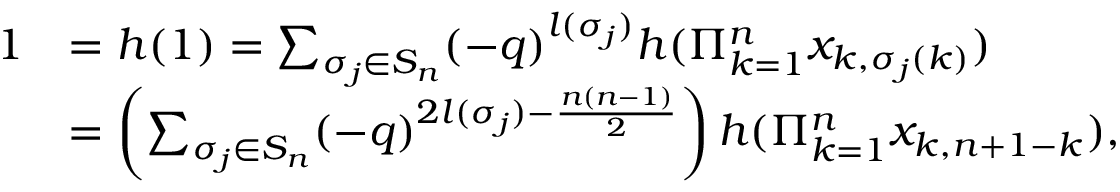
\begin{array} { r l } { 1 } & { = h ( 1 ) = \sum _ { \sigma _ { j } \in S _ { n } } ( - q ) ^ { l ( \sigma _ { j } ) } h ( \Pi _ { k = 1 } ^ { n } x _ { k , \sigma _ { j } ( k ) } ) } \\ & { = \left( \sum _ { \sigma _ { j } \in S _ { n } } ( - q ) ^ { 2 l ( \sigma _ { j } ) - \frac { n ( n - 1 ) } { 2 } } \right) h ( \Pi _ { k = 1 } ^ { n } x _ { k , n + 1 - k } ) , } \end{array}